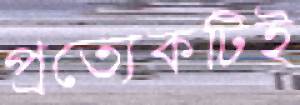
প্রত্যেকটিই